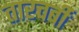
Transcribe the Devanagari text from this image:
तारचर्बी